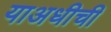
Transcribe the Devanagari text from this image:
याअधीची